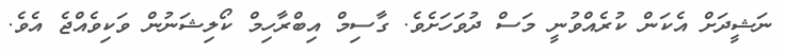
ނަޝީދަށް އެކަން ކުރެއްވުނީ މަސް ދުވަހަށެވެ. ގާސިމް އިބްރާހިމް ކޯލިޝަނުން ވަކިވެއްޖެ އެވެ.